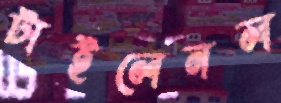
টাইলেনল